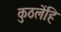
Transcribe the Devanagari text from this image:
कुठलेंहि